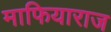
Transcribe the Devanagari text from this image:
माफियाराज